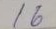
16